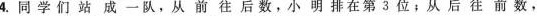
4.同学们站成一队，从前往后数，小明排在第3位；从后往前数，